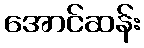
အောင်ဆန်း